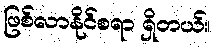
ဖြစ်လာနိုင်စရာ ရှိတယ်။